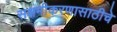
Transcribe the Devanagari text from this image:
सक्षमीकरणासाठीचे